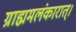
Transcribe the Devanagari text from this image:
ग्राह्ममलंकारात्।